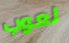
لعوب